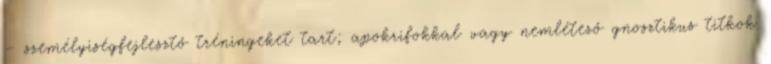
– személyiség­fejlesz­tő tréningeket tart; apokrifokkal vagy nemlétező gnosztikus titkok